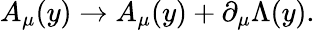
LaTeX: A_{\mu}(y)\rightarrow A_{\mu}(y)+\partial_{\mu}\Lambda(y).